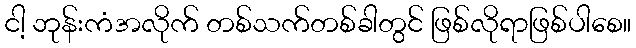
ငါ့ ဘုန်းကံအလိုက် တစ်သက်တစ်ခါတွင် ဖြစ်လိုရာဖြစ်ပါစေ။